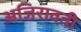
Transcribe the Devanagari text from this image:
अजिरावती